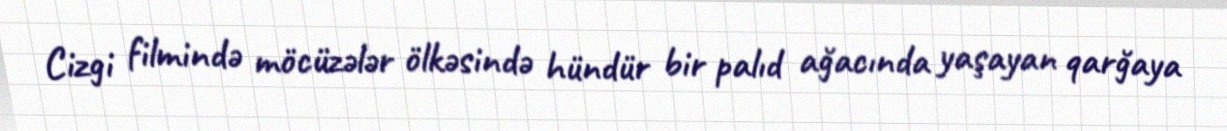
Cizgi filmində möcüzələr ölkəsində hündür bir palıd ağacında yaşayan qarğaya